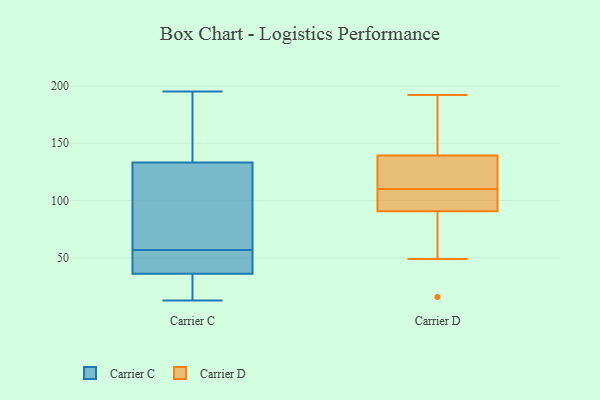
{"axis": {"x": "Conversion Rate (%)", "y": "Value"}, "legend": ["Carrier C", "Carrier D"], "data": [{"x": "", "y": 123, "type": "Carrier C"}, {"x": "", "y": 136, "type": "Carrier C"}, {"x": "", "y": 43, "type": "Carrier C"}, {"x": "", "y": 57, "type": "Carrier C"}, {"x": "", "y": 46, "type": "Carrier C"}, {"x": "", "y": 34, "type": "Carrier C"}, {"x": "", "y": 23, "type": "Carrier C"}, {"x": "", "y": 84, "type": "Carrier C"}, {"x": "", "y": 195, "type": "Carrier C"}, {"x": "", "y": 22, "type": "Carrier C"}, {"x": "", "y": 188, "type": "Carrier C"}, {"x": "", "y": 125, "type": "Carrier C"}, {"x": "", "y": 50, "type": "Carrier C"}, {"x": "", "y": 72, "type": "Carrier C"}, {"x": "", "y": 151, "type": "Carrier C"}, {"x": "", "y": 27, "type": "Carrier C"}, {"x": "", "y": 53, "type": "Carrier C"}, {"x": "", "y": 13, "type": "Carrier C"}, {"x": "", "y": 191, "type": "Carrier C"}, {"x": "", "y": 113, "type": "Carrier D"}, {"x": "", "y": 148, "type": "Carrier D"}, {"x": "", "y": 111, "type": "Carrier D"}, {"x": "", "y": 49, "type": "Carrier D"}, {"x": "", "y": 170, "type": "Carrier D"}, {"x": "", "y": 110, "type": "Carrier D"}, {"x": "", "y": 99, "type": "Carrier D"}, {"x": "", "y": 16, "type": "Carrier D"}, {"x": "", "y": 88, "type": "Carrier D"}, {"x": "", "y": 105, "type": "Carrier D"}, {"x": "", "y": 192, "type": "Carrier D"}]}